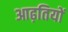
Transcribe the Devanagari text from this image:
आढ़तियों